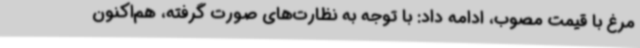
مرغ با قیمت مصوب، ادامه داد: با توجه به نظارت‌های صورت گرفته، هم‌اکنون